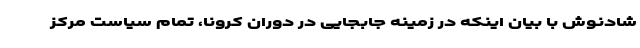
شادنوش با بیان اینکه در زمینه جابجایی در دوران کرونا، تمام سیاست مرکز